Leaving Certificate, 1932
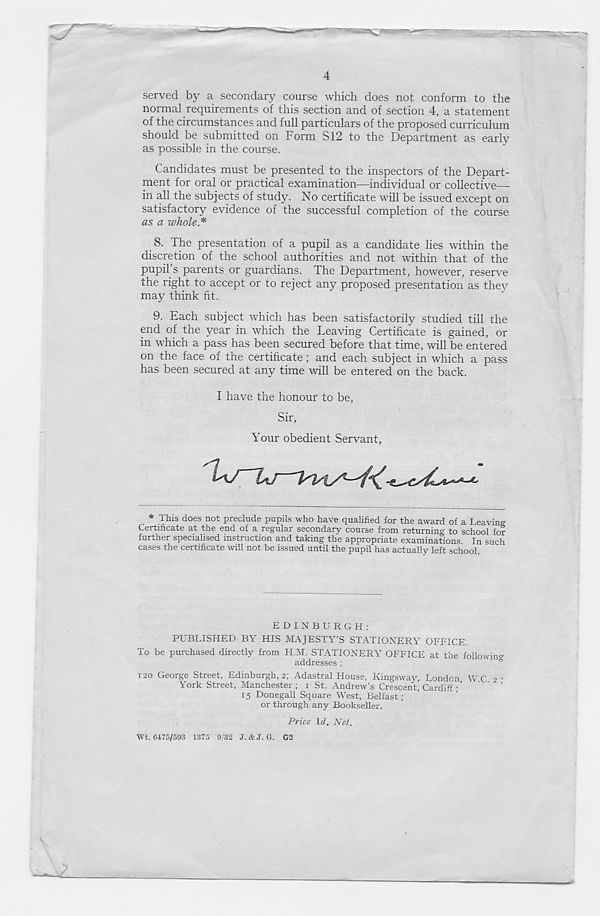
4
served by a secondary course which does not conform to the
normal requirements of this section and of section 4, a statement
of the circumstances and full particulars of the proposed curriculum
should be submitted on Form S12 to the Department as early
as possible in the course.
Candidates must be presented to the inspectors of the Depart-
ment for oral or practical examination—individual or collective—
in all the subjects of study. No certificate will be issued except on
satisfactory evidence of the successful completion of the course
as a whole*
8. The presentation of a pupil as a candidate lies within the
discretion of the school authorities and not within that of the
pupil’s parents or guardians. The Department, however, reserve
the right to accept or to reject any proposed presentation as thev
may think fit.
9. Each subject which has been satisfactorily studied till the
end of the year in which the Leaving Certificate is gained, or
in which a pass has been secured before that time, will be entered
on the face of the certificate; and each subject in which a pass
has been secured at any time will be entered on the back.
I have the honour to be,
Sir,
Your obedient Servant,
* This does not preclude pupils who have qualified for the award of a Leaving
Certificate at the end of a regular secondary course from returning to school for
further specialised instruction and taking the appropriate examinations In such
cases the certificate will not be issued until the pupil has actually left school.
EDINBURGH:
PUBLISHED BY HIS MAJESTY’S STATIONERY OFFICE.
To be purchased directly from H.M. STATIONERY OFFICE at the following
addresses :
&
120 George Street, Edinburgh, 2; Adastral House, Kingsway, London WC 2 -
York Street, Manchester ; 1 St. Andrew’s Crescent, Cardiff •’
' ' _ ’
15 Donegall Square West, Belfast ;
or through any Bookseller.
Price Id. Net.
Wt, 6475/593 1375 9-'32 J. &J. G. G2